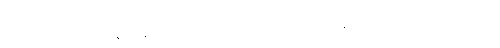
အစိုးရရဲ့မကောင်းမှုတန်ပြန်နှိမ်နင်းရေး အဖွဲ့ကပြုလုပ်တဲ့ ပွဲအခမ်းအနားတွင်း သမ္မတ ဒူတာတေးက